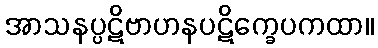
အာသနပ္ပဋိဗာဟနပဋိက္ခေပကထာ။